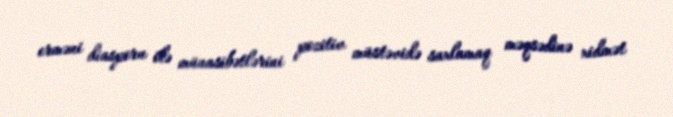
erməni diasporu ilə münasibətlərini pozitiv müstəvidə saxlamaq məqsədinə xidmət